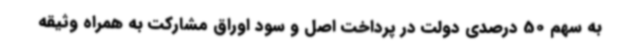
به سهم 50 درصدی دولت در پرداخت اصل و سود اوراق مشارکت به همراه وثیقه